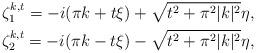
LaTeX: \begin{align*}\zeta_1^{k,t} = -i (\pi k + t\xi) + \sqrt{t^2 +\pi^2|k|^2}\eta,\\ \zeta_2^{k,t} = -i(\pi k - t\xi) - \sqrt{t^2 +\pi^2|k|^2}\eta,\end{align*}